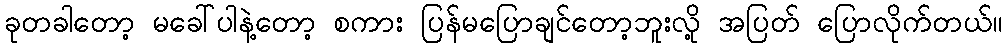
ခုတခါတော့ မခေါ်ပါနဲ့တော့ စကား ပြန်မပြောချင်တော့ဘူးလို့ အပြတ် ပြောလိုက်တယ်။